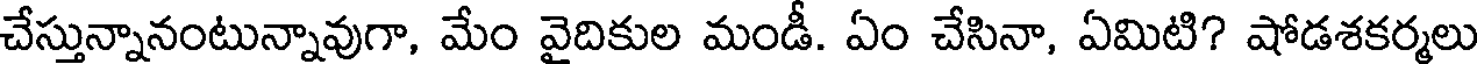
చేస్తున్నానంటున్నావుగా, మేం వైదికుల మండీ. ఏం చేసినా, ఏమిటి? షోడశకర్మలు